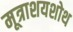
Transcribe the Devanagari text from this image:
मूत्राशयशोथ